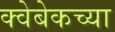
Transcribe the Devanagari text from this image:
क्वेबेकच्या